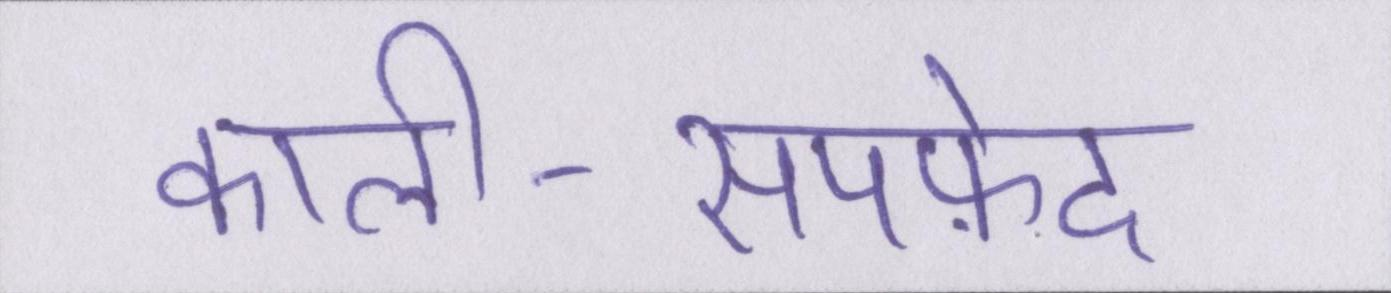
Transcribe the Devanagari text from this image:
काली-सपफ़ेद